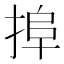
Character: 𢮒